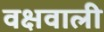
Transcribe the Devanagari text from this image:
वक्षवाली